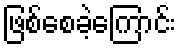
ဖြစ်စေခဲ့ကြောင်း